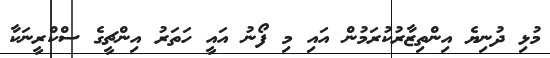
މުޅި ދުނިޔެ އިންތިޒާރުކުރަމުން އައި މި ފޯނު އައީ ހަތަރު އިންޗީގެ ސްކްރީނަކާ